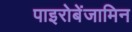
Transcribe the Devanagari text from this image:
पाइरोबेंजामिन